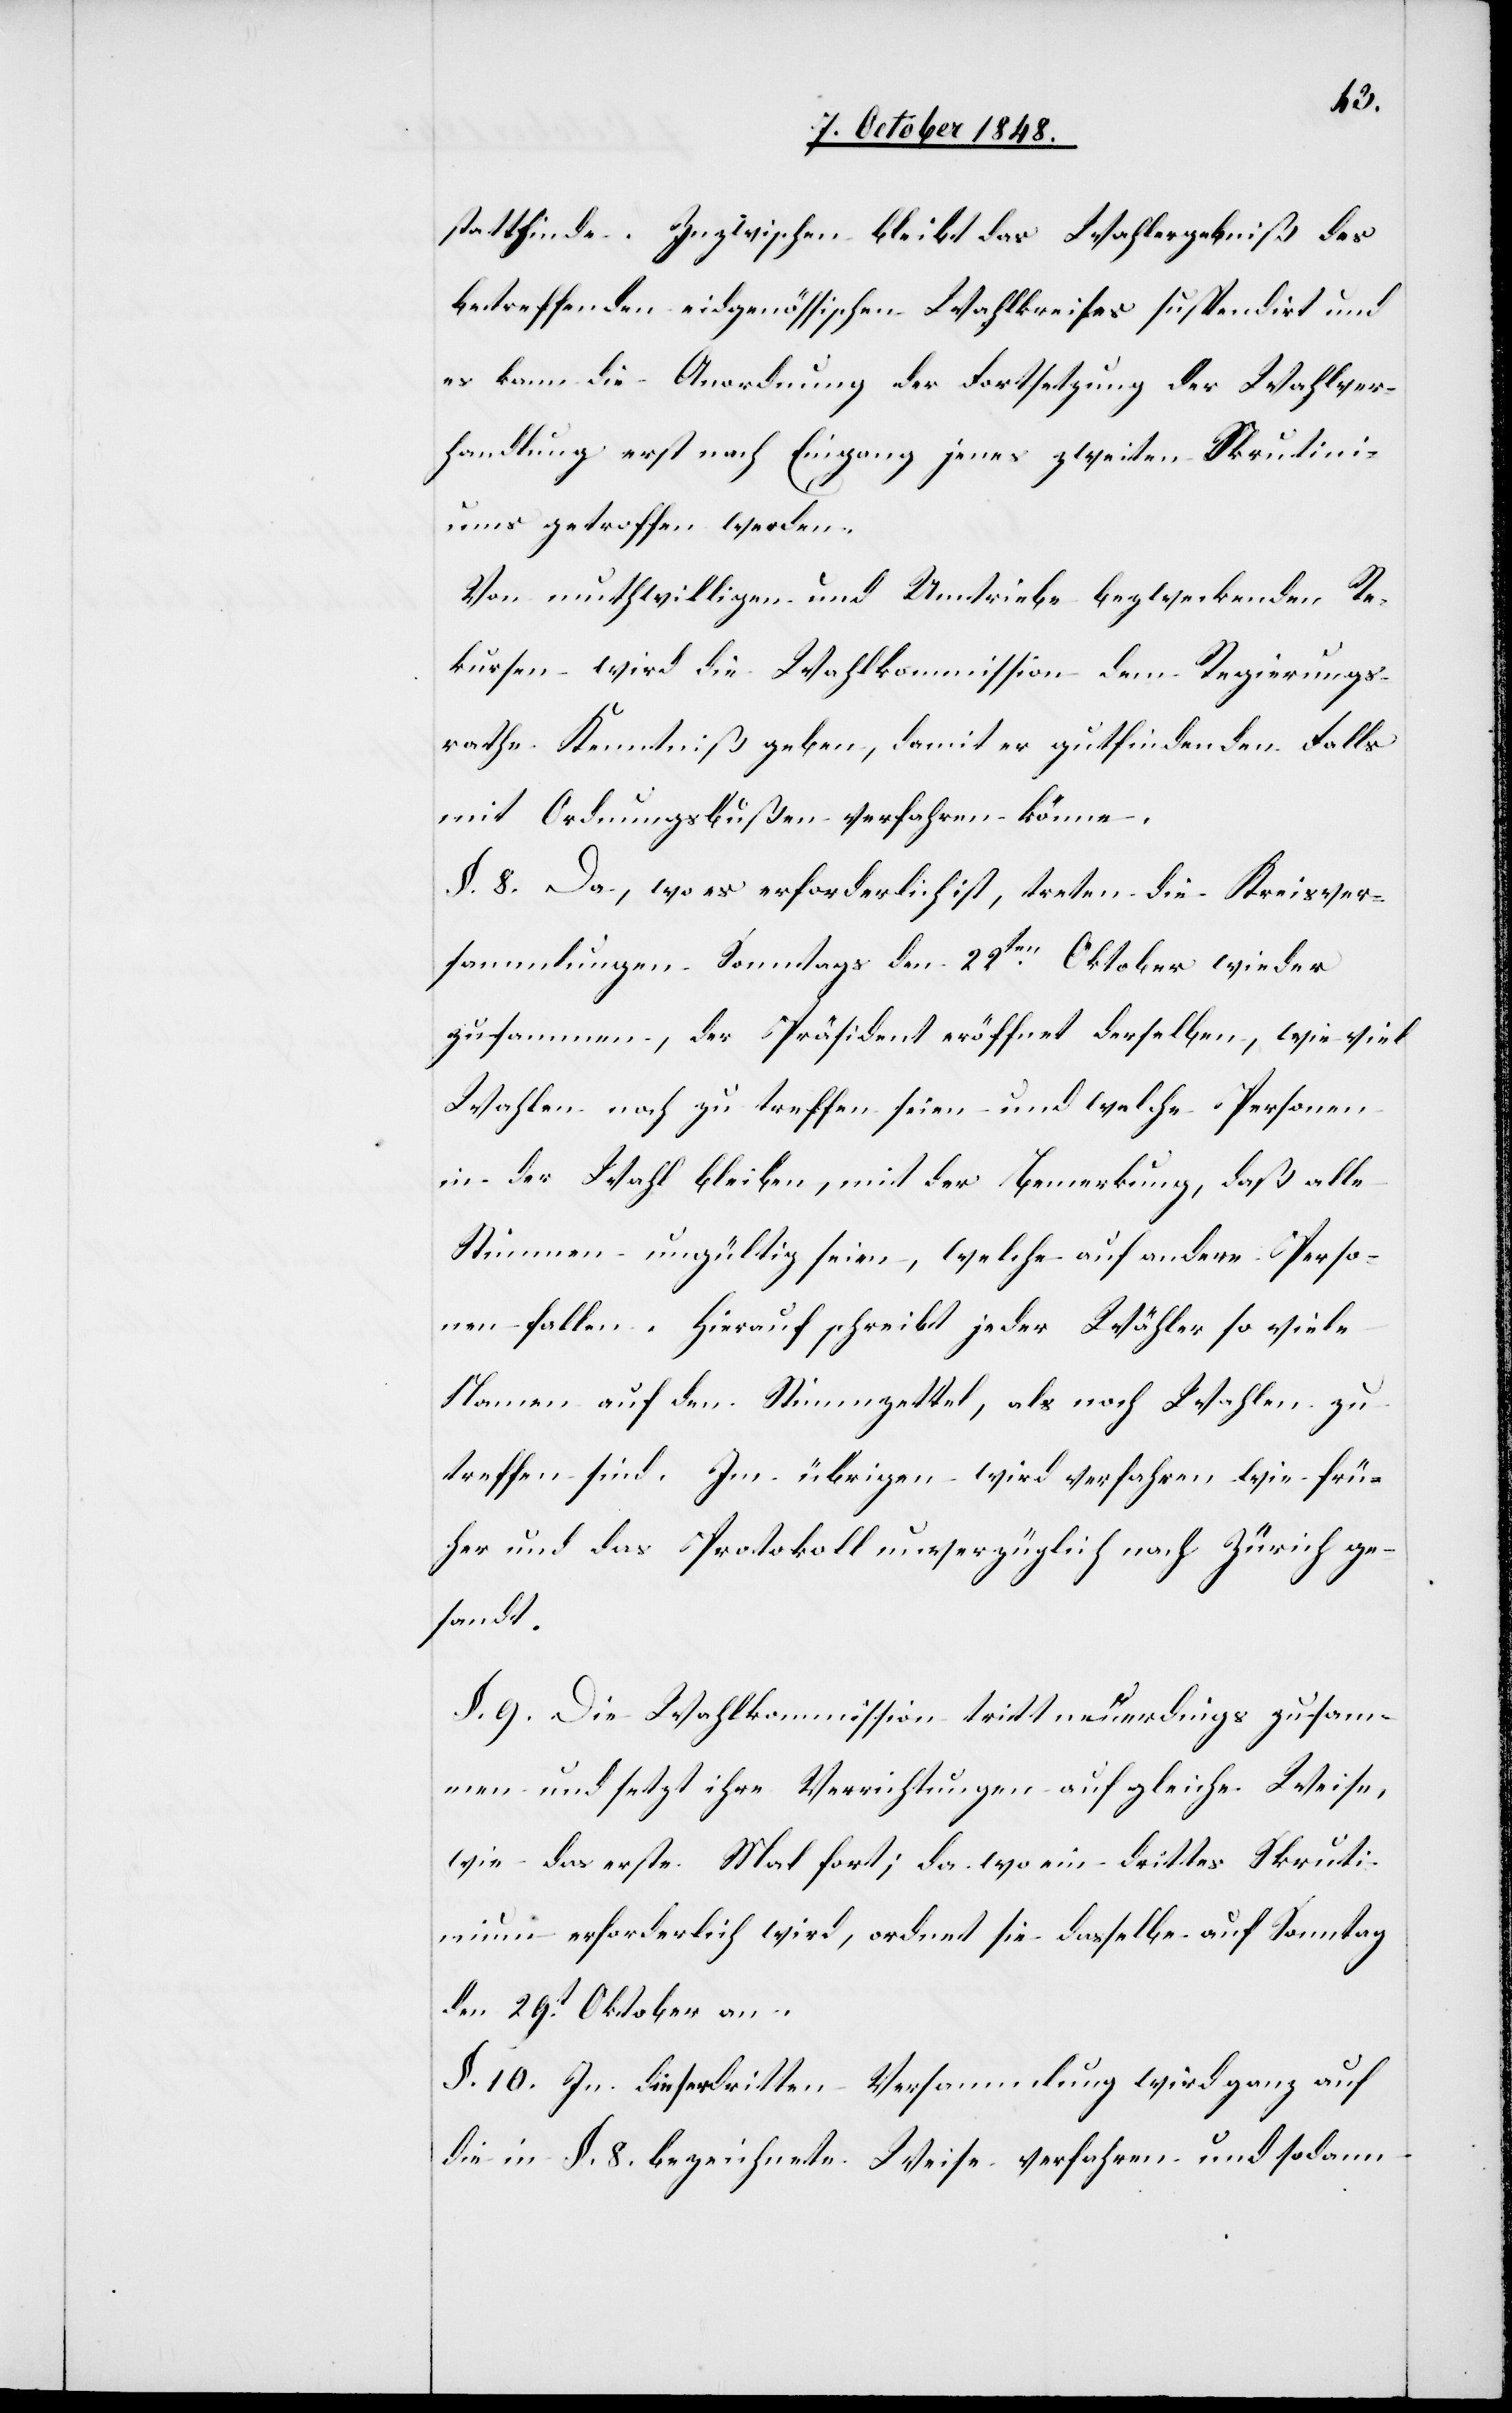
stattfinde. Inzwischen bleibt das Wahlergebniß des
betreffenden eidgenössischen Wahlkreises suspendirt und
es kann die Anordnung der Fortsetzung der Wahlver¬
handlung erst nach Eingang jenes zweiten Skrutini¬
ums getroffen werden.
Von muthwilligen und Umtriebe bezweckenden Re¬
kursen wird die Wahlkommission dem Regierungs¬
rathe Kenntniß geben, damit er gutfindenden Falls
mit Ordnungsbußen verfahren könne.
§. 8. Da, wo es erforderlich ist, treten die Kreisver¬
sammlungen Sonntags den 22ten. Oktober wieder
zusammen, der Präsident eröffnet derselben, wie viel
Wahlen noch zu treffen seien und welche Personen
in der Wahl bleiben, mit der Bemerkung, daß alle
Stimmen ungültig seien, welche auf andere Perso¬
nen fallen. Hierauf schreibt jeder Wähler so viele
Namen auf den Stimmzettel, als noch Wahlen zu
treffen sind. Im übrigen wird verfahren wie frü¬
her und das Protokoll unverzüglich nach Zürich ge¬
sandt.
§. 9. Die Wahlkommission tritt neuerdings zusam¬
men und setzt ihre Verrichtungen auf gleiche Weise,
wie das erste Mal fort; da wo ein drittes Skruti¬
nium erforderlich wird, ordnet sie dasselbe auf Sonntag
den 29t Oktober an.
§. 10. In dieser dritten Versammlung wird ganz auf
die in §. 8. bezeichnete Weise verfahren und sodann